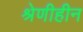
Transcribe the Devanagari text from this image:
श्रेणीहीन